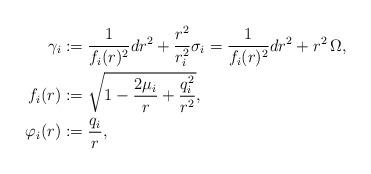
LaTeX: \begin{align*} \gamma_i&:=\frac{1}{f_i(r)^{2}}dr^2+\frac{r^{2}}{r_i^{2}}\sigma_i=\frac{1}{f_i(r)^{2}}dr^2+r^{2}\,\Omega,\\ f_i(r)&:=\sqrt{1-\frac{2\mu_i}{r}+\frac{q_{i}^{2}}{r^{2}}},\\ \varphi_{i}(r)&:=\frac{q_{i}}{r},\end{align*}